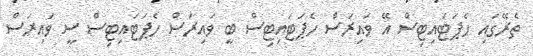
ތެރޭގައި ހެޕަޓައިޓިސް އޭ ވައިރަސް ހެޕަޓައިޓިސް ބީ ވައިރަސް ހެޕަޓައިޓިސް ސީ ވައިރަސް